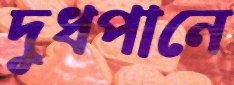
দুধপানে